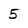
Character: 5